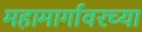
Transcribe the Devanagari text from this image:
महामार्गावरच्या